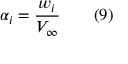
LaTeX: \alpha _ { i } = { \frac { w _ { i } } { V _ { \infty } } } \qquad ( 9 )